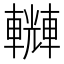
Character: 𨏆